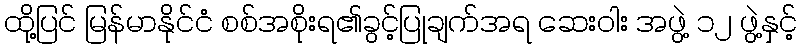
ထို့ပြင် မြန်မာနိုင်ငံ စစ်အစိုးရ၏ခွင့်ပြုချက်အရ ဆေးဝါး အဖွဲ့ ၁၂ ဖွဲ့နှင့်